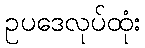
ဥပဒေလုပ်ထုံး